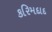
કરિમદાદ